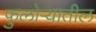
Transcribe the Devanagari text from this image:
फुलोऱ्यातील